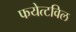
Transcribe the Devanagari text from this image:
फयेत्टविल